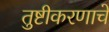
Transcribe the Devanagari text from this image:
तुष्टीकरणाचे